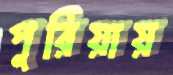
পুরিয়ায়